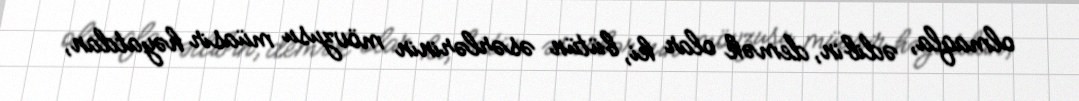
olmaqla, ədibin, demək olar ki, bütün əsərlərinin mövzusu müasir həyatdan,